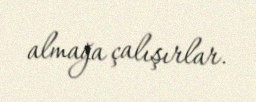
almağa çalışırlar.